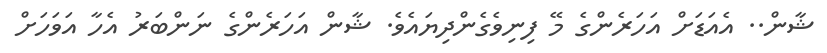
ޝާން.. އެއަޑަށް އަހަރެންގެ މޭ ފިނިވެގެންދިޔައެވެ. ޝާން އަހަރެންގެ ނަންބަރު އެހާ އަވަހަށް